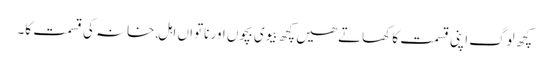
کچھ لوگ اپنی قسمت کا کھاتے ھیں کچھ بیوی بچوں اور ناتواں اہل,خانہ کی قسمت کا۔